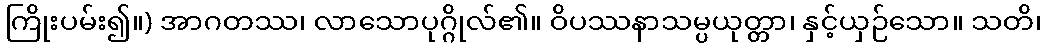
ကြိုးပမ်း၍။) အာဂတဿ၊ လာသောပုဂ္ဂိုလ်၏။ ဝိပဿနာသမ္ပယုတ္တာ၊ နှင့်ယှဉ်သော။ သတိ၊